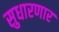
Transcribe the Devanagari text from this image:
सुधारणार